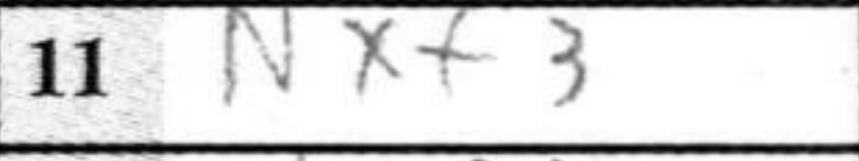
Transcription: Nxf3